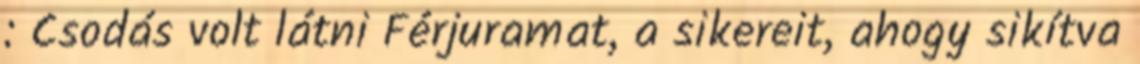
: Csodás volt látni Férjuramat, a sikereit, ahogy sikítva